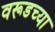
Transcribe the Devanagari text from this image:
वरूडच्या